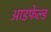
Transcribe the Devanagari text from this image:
आडफेल्ड